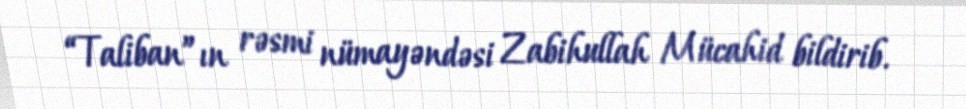
“Taliban”ın rəsmi nümayəndəsi Zabihullah Mücahid bildirib.